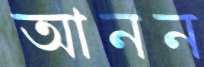
আনন